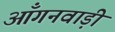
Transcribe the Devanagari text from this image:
आँगनवाड़ी